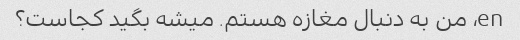
en، من به دنبال مغازه هستم. میشه بگید کجاست؟